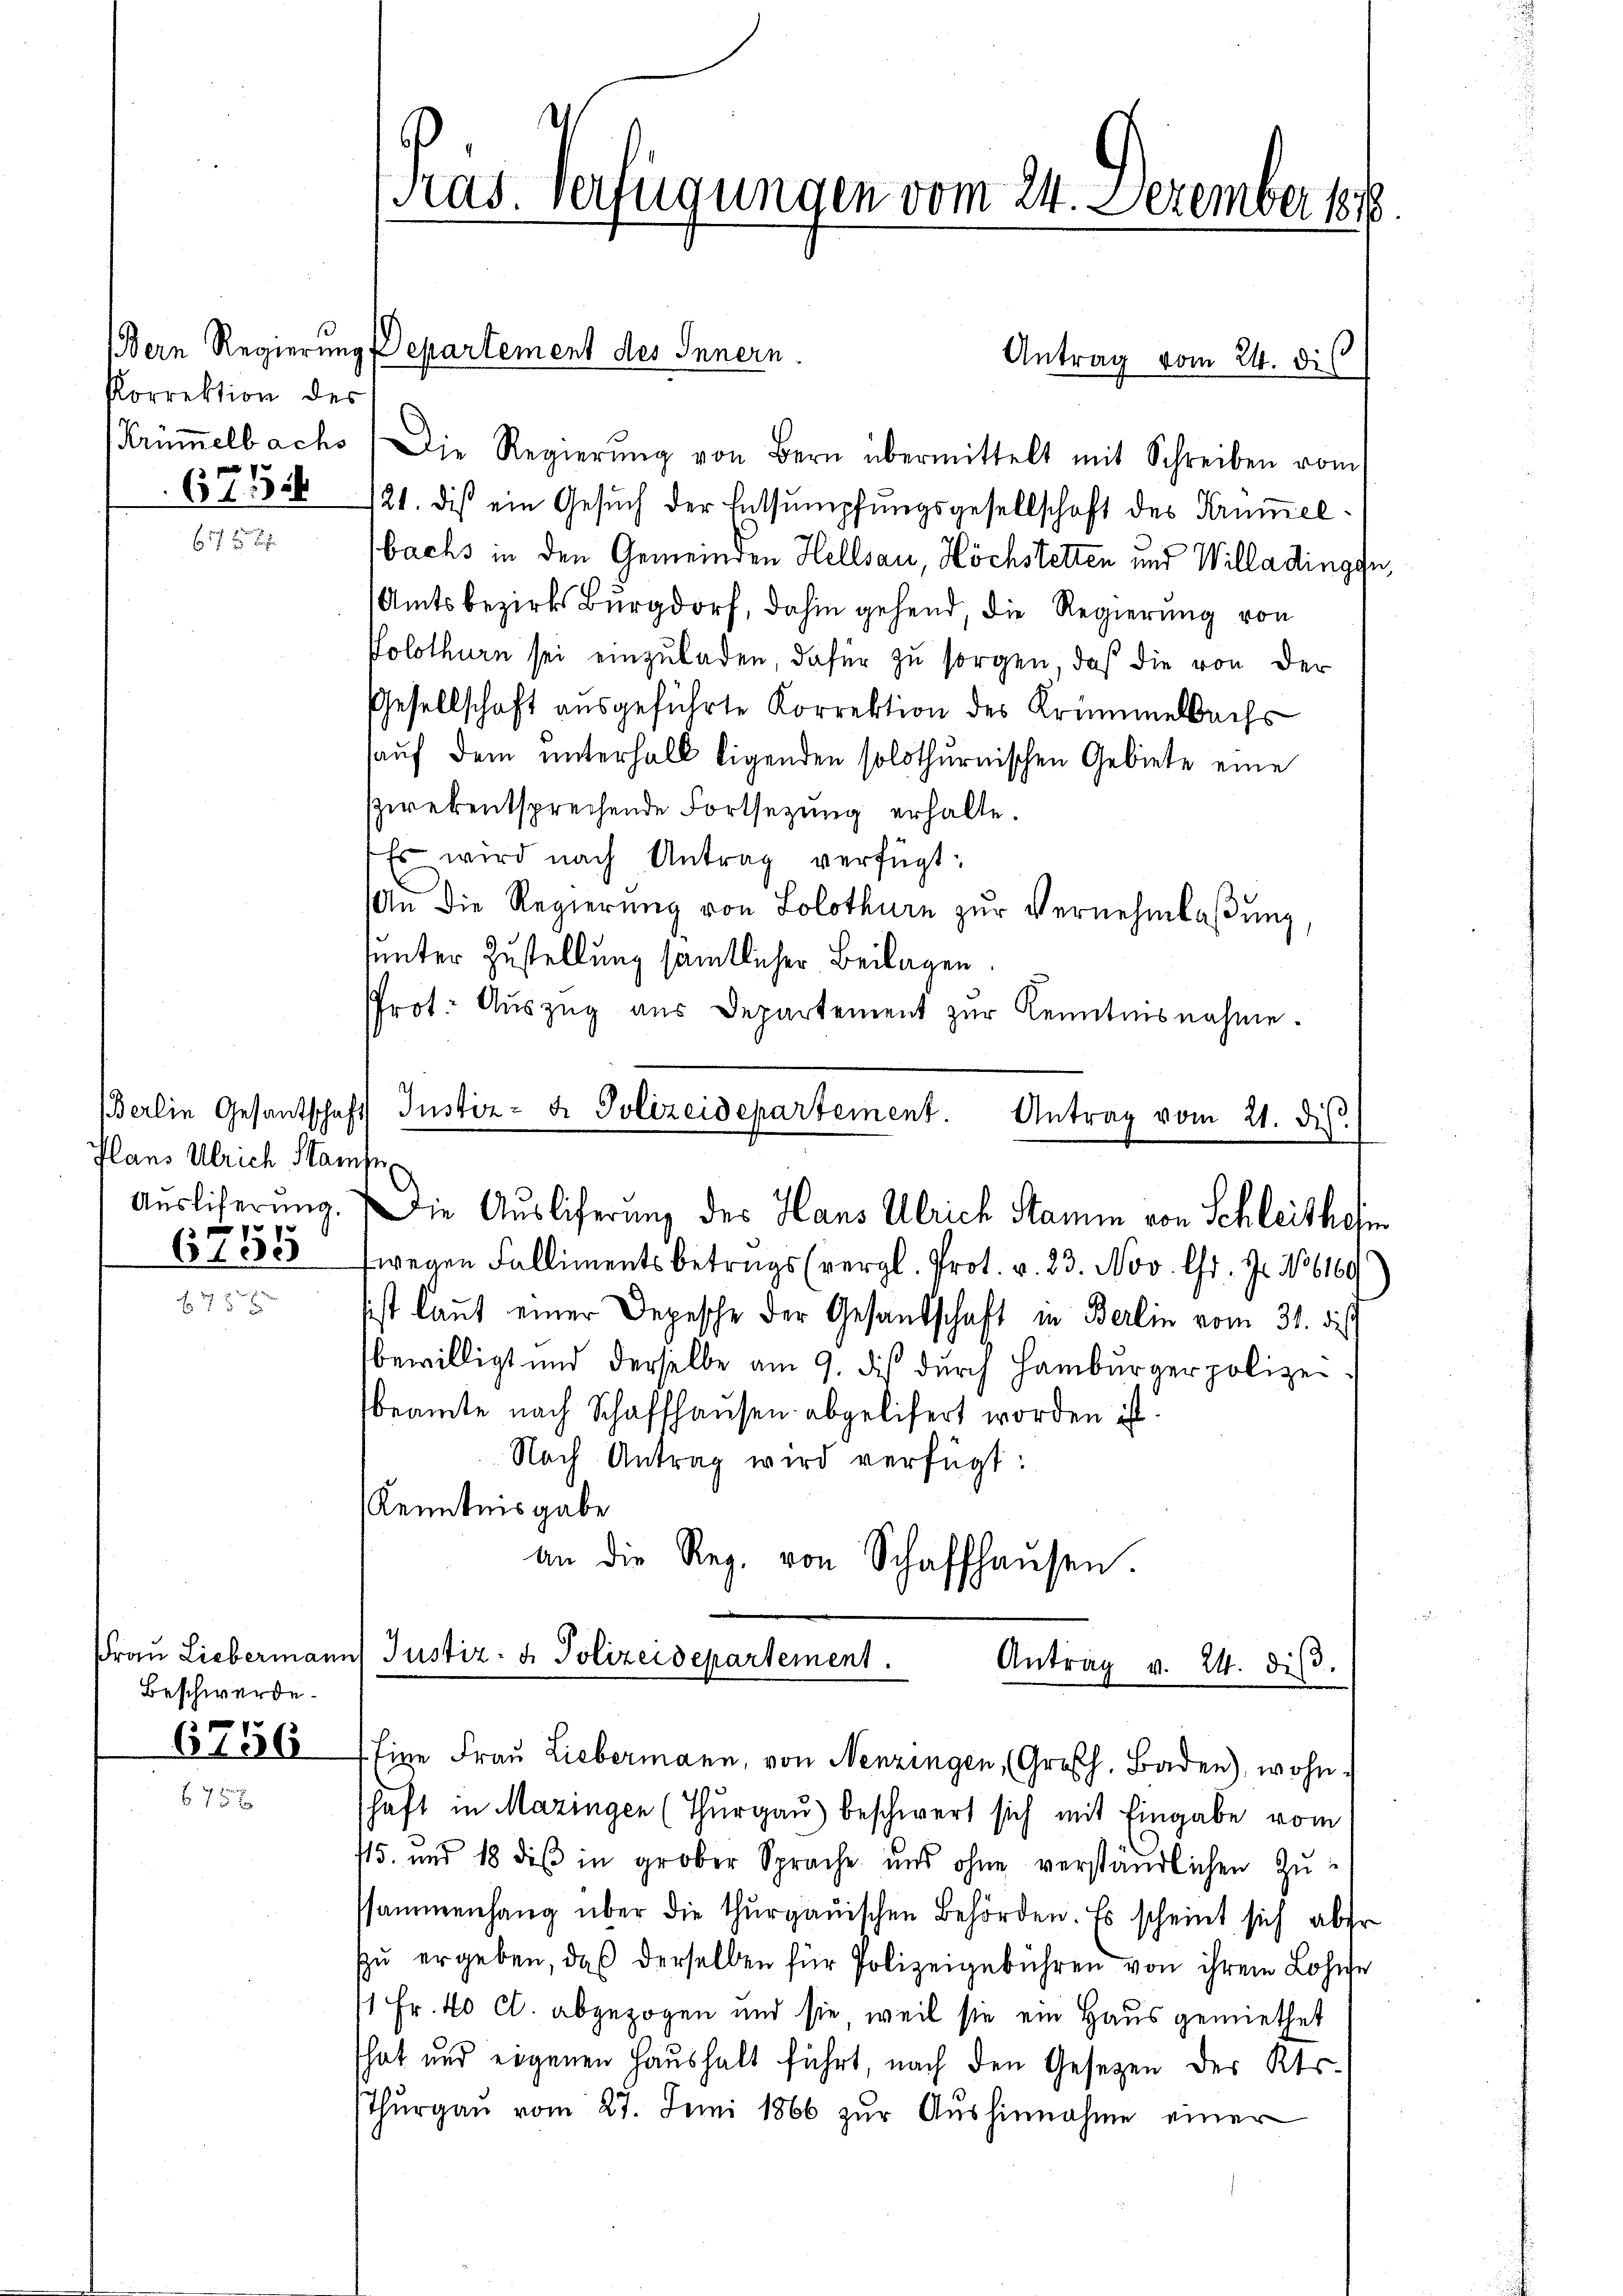
(Bern Regierung
Korrektion des

67526

b

Plans Ulrich Stamse
Ausliferung.
p

Beschwerde.
6750

Pras. Verfügungen vom 24. Dezember 1878

Antrag vom 24. dis
(Krümmelbachs) Die Regierŭng von Bern übermittelt mit Schreiben vom
121. dis ein Gesuch der Entsumpfungsgesellschaft des Krümmelbachs in den Gemeinden Hellsau, Höchstetten und Willadingen,
Amtsbezirks Burgdorf, dahin gehend, die Regierung von
Solothurn sei einzuladen dafür zu sorgen, daß die von der
Gesellschaft ausgeführte Korrektion des Krümmelbachs
auf dem unterhalb ligenden solothurnischen Gebiete eine
zwekentsprechende Fortsetzung erhalte.
Er wird nach Antrag verfügt:
An die Regierŭng von Solothurn zŭr Vernehmlaβŭng,
uunter Zustellung sämtlicher Beilagen.
Prot. Auszug aus Departement zur Kenntnisnahme.
Berlin Gesantschaft Instiz- & Polizeidepartement. Antrag vom 21. dis.

Departement des Innern

Die Auslicherung des Hans Ulrich Stamm von Schleithofe

612328 (wegen Falliments betrags (vergl. Prot. v. 23. Nov. Chr. Js. No 6169
sist laut einer Depesche der Gesandschaft in Berlin vom 31. dies
bewilligt und derselbe am 9. dies durch Hamburgerpolizeibeamte nach Schaffhausen abgelisert worden ist.
Nach Antrag wird verfügt:
Kenntnisgabe
an die Reg. von Schaffhaŭsen.

Frau Liebermann Justiz- & Polizeidepartement.
Antrag v. 24. diβ.
Eine Fraŭ Liebermann, von Nenzingen (Großh. Baden), wohn-

schaft in Mazingen (Thurgau) beschwert sich mit Eingabe vom
115. und 18 des in grober Sprache und ohne verständlichen Zussammenhang über die thurgauischen Behörden. Es scheint sich aber
zŭ ergeben, daß derselben für Polizeigebühren von ihrem Lohnse
1 Fr. 40 Ct. abgezogen und sie weil sie ein Haus gemiethet
That und eigenen Haushalt führt, nach den Gesetzen des Kts.
Thŭrgaŭ vom 27. Juni 1866 zŭr Aŭshinnahme einer